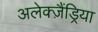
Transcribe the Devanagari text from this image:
अलेक्ज़ैंड्रिया